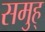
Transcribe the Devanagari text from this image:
समुह्